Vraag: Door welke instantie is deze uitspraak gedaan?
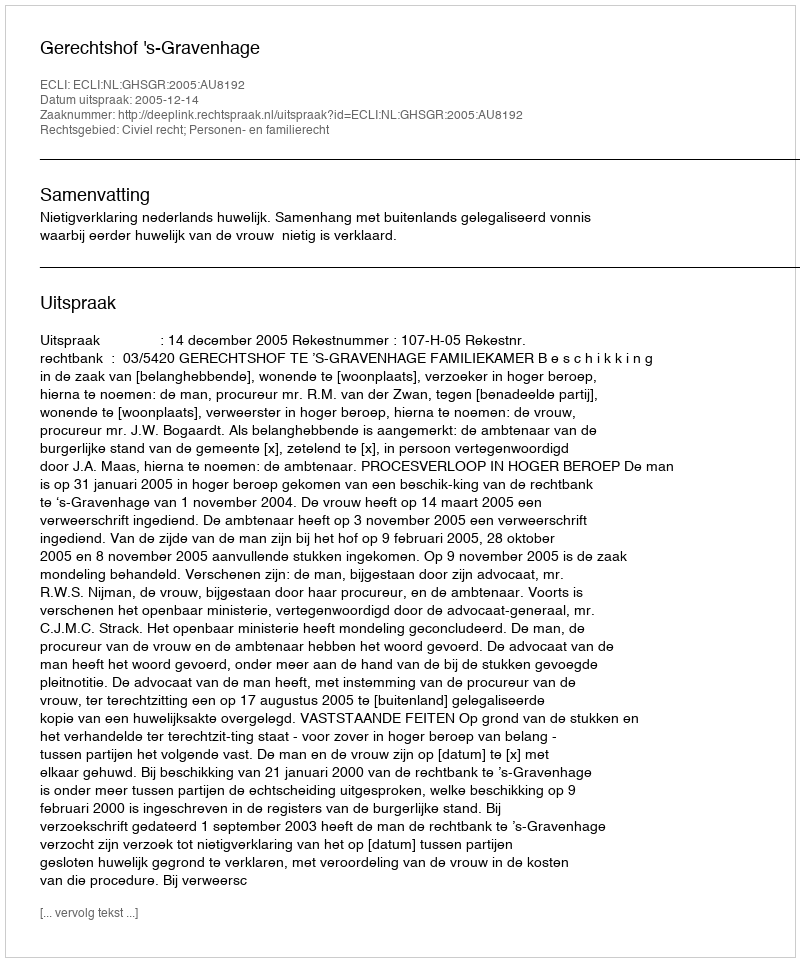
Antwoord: Gerechtshof 's-Gravenhage